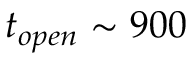
t _ { o p e n } \sim 9 0 0